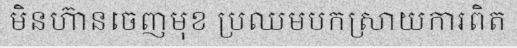
មិនហ៊ានចេញមុខ ប្រឈមបកស្រាយការពិត